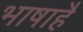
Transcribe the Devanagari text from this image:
भाषाहै